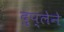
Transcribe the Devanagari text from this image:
दुप्लेने